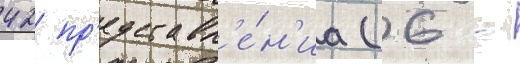
42 пр'едставл'е́н'иа (6 -